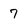
Character: 7